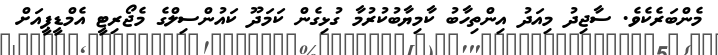
މެންބަރެކެވެ. ސާޖިދު މިއަދު އިންތިހާބު ކާމިޔާބުކުރުމާ ގުޅިގެން ކަމަދޫ ކައުންސިލްގެ މެޖޯރިޓީ އެމްޑީޕީއަށް